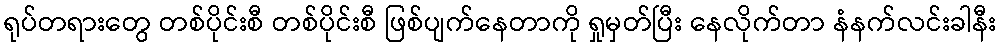
ရုပ်တရားတွေ တစ်ပိုင်းစီ တစ်ပိုင်းစီ ဖြစ်ပျက်နေတာကို ရှုမှတ်ပြီး နေလိုက်တာ နံနက်လင်းခါနီး